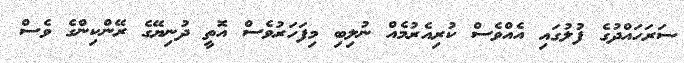
ސަރަހައްދުގެ ފުލުގައި އެއްވެސް ކުރިއެރުމެއް ނުލިބި މިފަހަރުވެސް އޮތީ ދުނިޔޭގެ ރޭންކިންގެ ވެސް